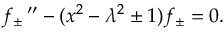
f _ { \pm } \, ^ { \prime \prime } - ( x ^ { 2 } - \lambda ^ { 2 } \pm 1 ) f _ { \pm } = 0 .